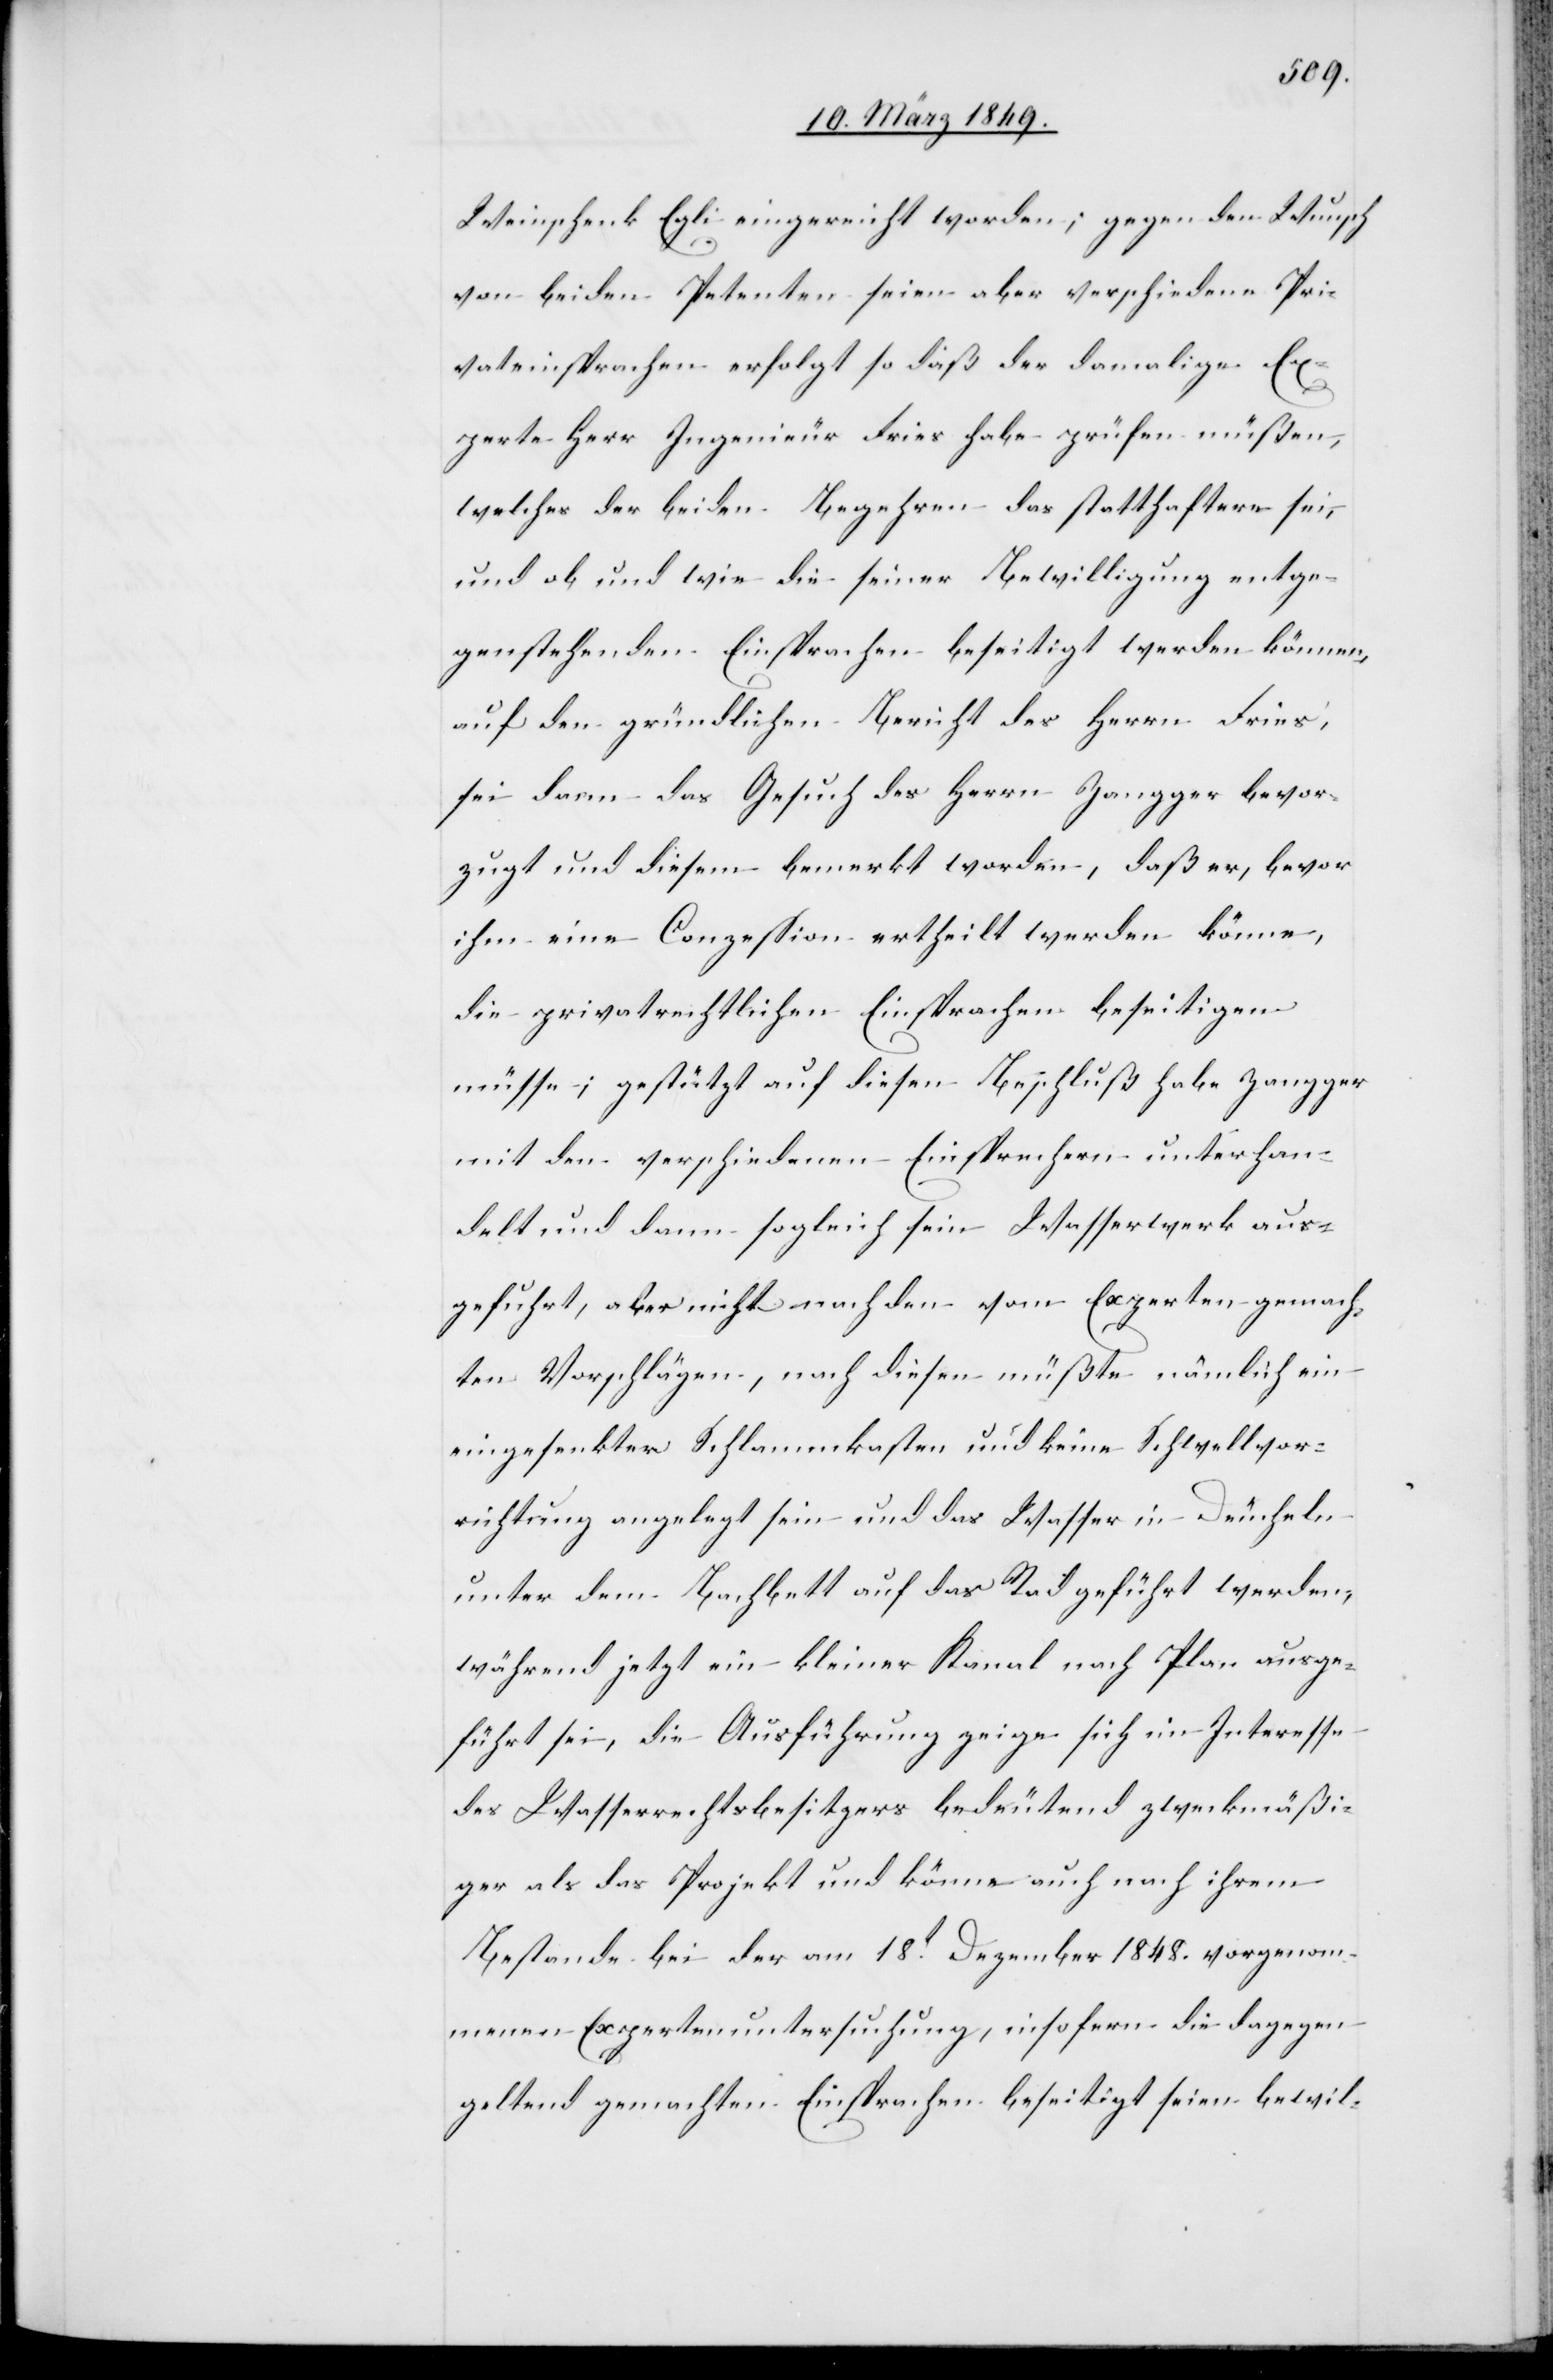
gemach¬
Weinschenk Egli eingereicht worden; gegen den Wunsch
von beiden Petenten seien aber verschiedene Pri¬
vateinsprachen erfolgt so daß der damalige Ex¬
perte Herr Ingenieur Fries habe prüfen müßen,
welches der beiden Begehren das statthaftere sei,
und ob und wie die seiner Bewilligung entge¬
genstehenden Einsprachen beseitigt werden können,
auf den gründlichen Bericht des Herrn Fries,
sei dann das Gesuch des Herrn Zangger bevor¬
zugt und diesem bemerkt worden, daß er, bevor
ihm eine Conzession ertheilt werden könne,
die privatrechtlichen Einsprachen beseitigen
müsse; gestützt auf diesen Beschluß habe Zangger
mit den verschiedenen Einsprechern unterhan¬
delt und dann sogleich sein Wasserwerk aus¬
ten Vorschlägen, nach diesen müßte nämlich ein
eingesenkter Schlammkasten und keine Schwellvor¬
richtung angelegt sein und das Wasser in Deucheln
unter dem Bachbett auf das Rad geführt werden,
während jetzt ein kleiner Kanal nach Plan ausge¬
führt sei, die Ausführung zeige sich im Interesse
des Wasserrechtsbesitzers bedeutend zweckmäßi¬
ger als das Projekt und könne auch nach ihrem
Bestande bei der am 18t. Dezember 1848. vorgenom¬
menen Expertenuntersuchung, insofern die dagegen
geltend gemachten Einsprachen beseitigt seien bewil-